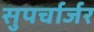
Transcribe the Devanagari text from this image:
सुपर्चार्जर